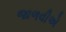
જાળવીએ